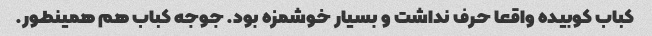
کباب کوبیده واقعا حرف نداشت و بسیار خوشمزه بود. جوجه کباب هم همینطور.